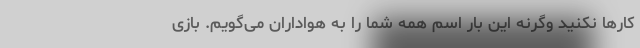
کارها نکنید وگرنه این بار اسم همه شما را به هواداران می‌گویم. بازی